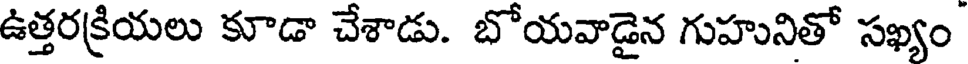
ఉత్తరక్రియలు కూడా చేశాడు. బోయవాడైన గుహునితో సఖ్యం